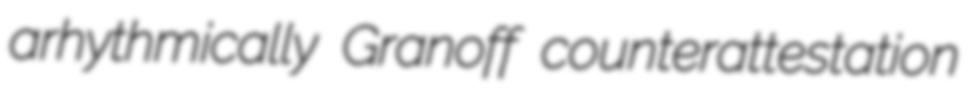
arhythmically Granoff counterattestation